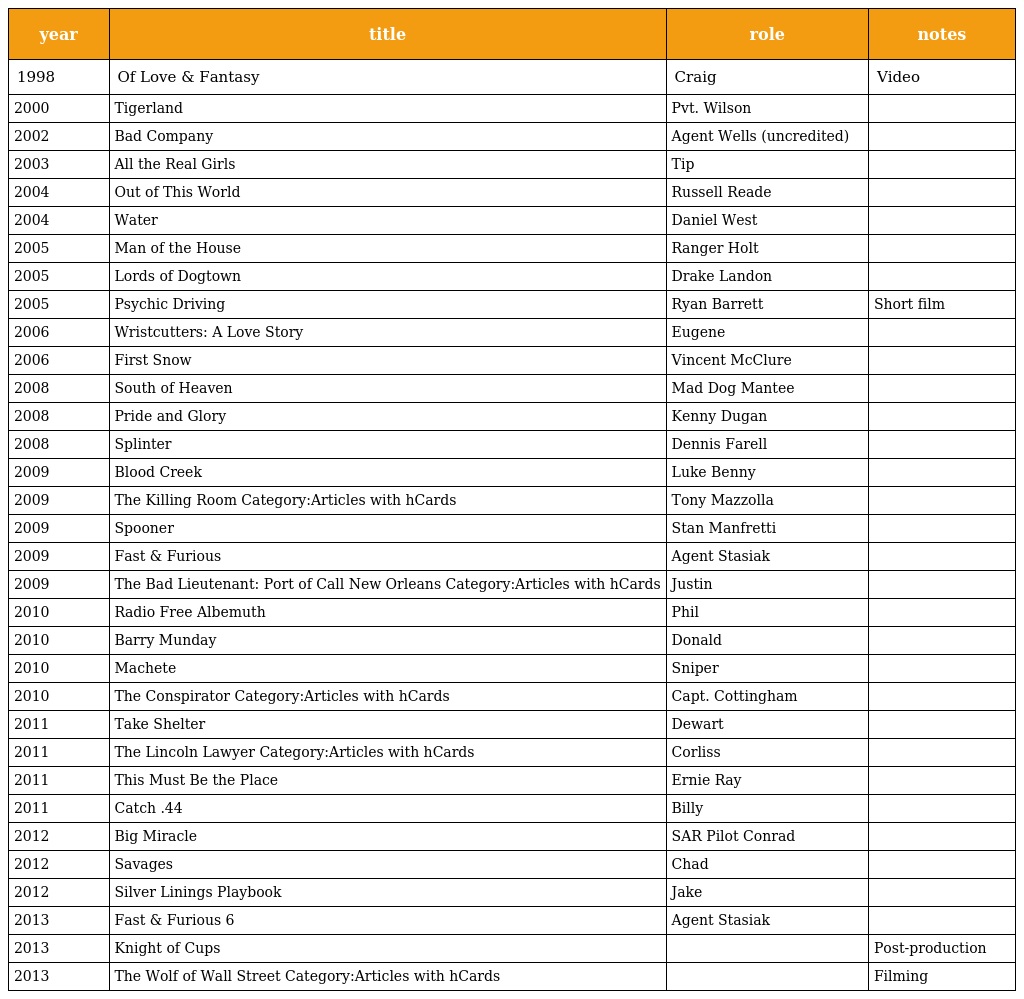
| year | title | role | notes |
 | --- | --- | --- | --- |
 | 1998 | Of Love & Fantasy | Craig | Video |
 | 2000 | Tigerland | Pvt. Wilson |  |
 | 2002 | Bad Company | Agent Wells (uncredited) |  |
 | 2003 | All the Real Girls | Tip |  |
 | 2004 | Out of This World | Russell Reade |  |
 | 2004 | Water | Daniel West |  |
 | 2005 | Man of the House | Ranger Holt |  |
 | 2005 | Lords of Dogtown | Drake Landon |  |
 | 2005 | Psychic Driving | Ryan Barrett | Short film |
 | 2006 | Wristcutters: A Love Story | Eugene |  |
 | 2006 | First Snow | Vincent McClure |  |
 | 2008 | South of Heaven | Mad Dog Mantee |  |
 | 2008 | Pride and Glory | Kenny Dugan |  |
 | 2008 | Splinter | Dennis Farell |  |
 | 2009 | Blood Creek | Luke Benny |  |
 | 2009 | The Killing Room Category:Articles with hCards | Tony Mazzolla |  |
 | 2009 | Spooner | Stan Manfretti |  |
 | 2009 | Fast & Furious | Agent Stasiak |  |
 | 2009 | The Bad Lieutenant: Port of Call New Orleans Category:Articles with hCards | Justin |  |
 | 2010 | Radio Free Albemuth | Phil |  |
 | 2010 | Barry Munday | Donald |  |
 | 2010 | Machete | Sniper |  |
 | 2010 | The Conspirator Category:Articles with hCards | Capt. Cottingham |  |
 | 2011 | Take Shelter | Dewart |  |
 | 2011 | The Lincoln Lawyer Category:Articles with hCards | Corliss |  |
 | 2011 | This Must Be the Place | Ernie Ray |  |
 | 2011 | Catch .44 | Billy |  |
 | 2012 | Big Miracle | SAR Pilot Conrad |  |
 | 2012 | Savages | Chad |  |
 | 2012 | Silver Linings Playbook | Jake |  |
 | 2013 | Fast & Furious 6 | Agent Stasiak |  |
 | 2013 | Knight of Cups |  | Post-production |
 | 2013 | The Wolf of Wall Street Category:Articles with hCards |  | Filming |